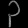
Digit: ၃